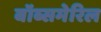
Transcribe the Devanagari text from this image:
बॉब्समेरिल